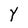
Character: Y